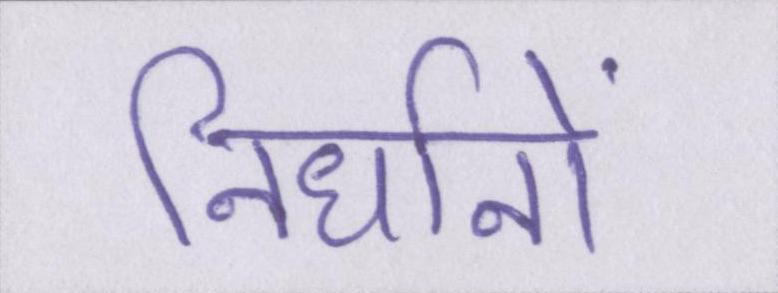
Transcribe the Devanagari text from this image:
निर्धानों